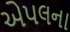
એપલના